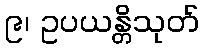
၉၊ ဥပယန္တိသုတ်